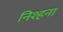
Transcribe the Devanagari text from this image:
निश्हना